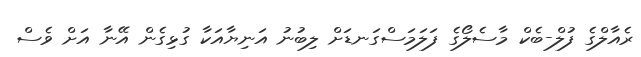
ރެއާލްގެ ފުލް-ބެކް މާސެލޯގެ ފަލަމަސްގަނޑަށް ލިބުނު އަނިޔާއަކާ ގުޅިގެން އޭނާ އަށް ވެސް